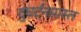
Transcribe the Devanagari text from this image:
दुघर्टनाग्रस्त